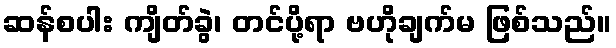
ဆန်စပါး ကျိတ်ခွဲ၊ တင်ပို့ရာ ဗဟိုချက်မ ဖြစ်သည်။